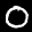
Label: 0